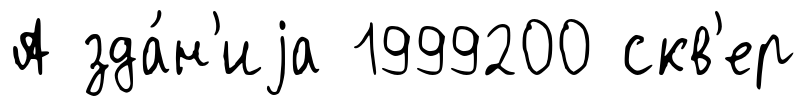
А зда́н'иjа 1999200 скв'ер